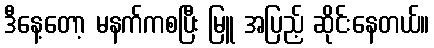
ဒီနေ့တော့ မနက်ကစပြီး မြူ အပြည့် ဆိုင်းနေတယ်။